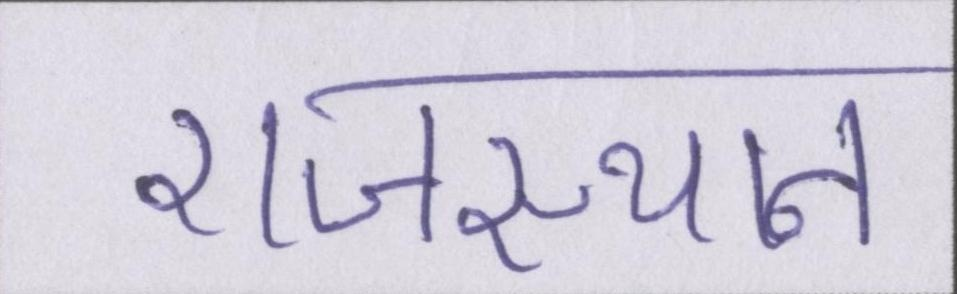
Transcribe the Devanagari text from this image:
राजस्थान